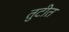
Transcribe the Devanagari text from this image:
तुटीत